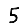
Digit: 5